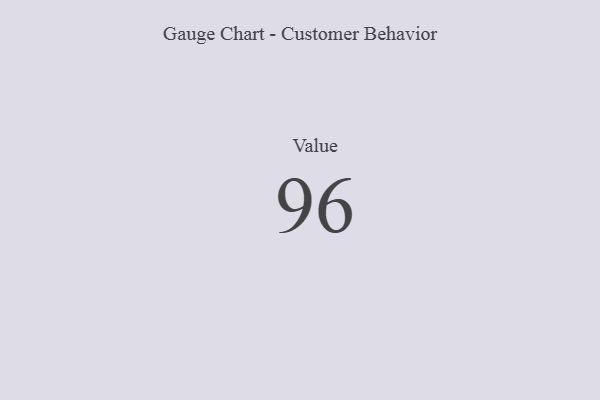
{"axis": {"x": "Metric", "y": "Value"}, "legend": [""], "data": [{"x": "Value", "y": 96, "type": ""}]}